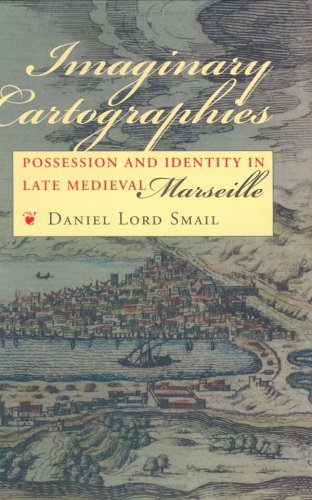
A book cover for Imaginary Cartographies: Possession and Identity in Late Medieval Marseille; Daniel Lord Smail; Science & Math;